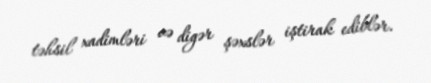
təhsil xadimləri və digər şəxslər iştirak ediblər.